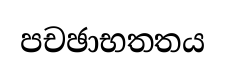
පචඡාභතතය